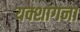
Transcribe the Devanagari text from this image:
यक्शागना